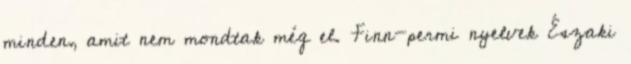
minden, amit nem mondtak még el. Finn-permi nyelvek Északi